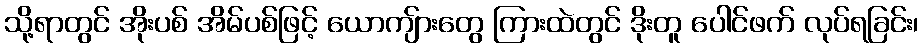
သို့ရာတွင် အိုးပစ် အိမ်ပစ်ဖြင့် ယောကျ်ားတွေ ကြားထဲတွင် ဒိုးတူ ပေါင်ဖက် လုပ်ရခြင်း၊